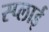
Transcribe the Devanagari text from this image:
स्प्लाई